Indian journal of veterinary science and animal husbandry - Volume 4,
Year: 1934
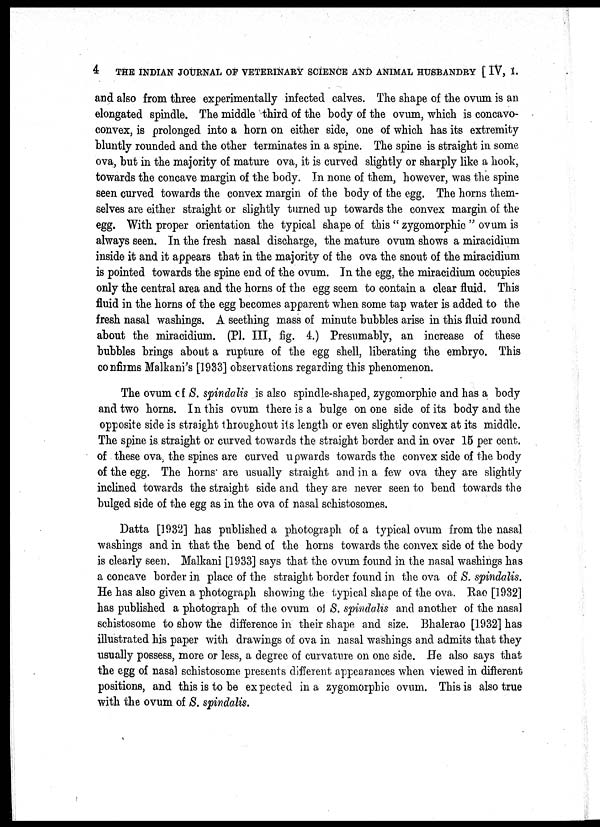
4
THE INDIAN JOURNAL OF VETERINARY SCIENCE AND ANIMAL HUSBANDRY [IV, I.
and also from three experimentally infected calves. The shape of the ovum is an
elongated spindle. The middle third of the body of the ovum, which is concavo-
convex, is prolonged into a horn on either side, one of which has its extremity
bluntly rounded and the other terminates in a spine. The spine is straight in some
ova, but in the majority of mature ova, it is curved slightly or sharply like a hook,
towards the concave margin of the body. In none of them, however, was the spine
seen curved towards the convex margin of the body of the egg. The horns them-
selves are either straight or slightly turned up towards the convex margin of the
egg. With proper orientation the typical shape of this " zygomorphic " ovum is
always seen. In the fresh nasal discharge, the mature ovum shows a miracidium
inside it and it appears that in the majority of the ova the snout of the miracidium
is pointed towards the spine end of the ovum. In the egg, the miracidium occupies
only the central area and the horns of the egg seem to contain a clear fluid. This
fluid in the horns of the egg becomes apparent when some tap water is added to the
fresh nasal washings. A seething mass of minute bubbles arise in this fluid round
about the miracidium. (Pl. III, fig. 4.) Presumably, an increase of these
bubbles brings about a rupture of the egg shell, liberating the embryo. This
confirms Malkani's [1933] observations regarding this phenomenon.
The ovum of S. spindalis is also spindle-shaped, zygomorphic and has a body
and two horns. In this ovum there is a bulge on one side of its body and the
opposite side is straight throughout its length or even slightly convex at its middle.
The spine is straight or curved towards the straight border and in over 15 per cent.
of these ova, the spines are curved upwards towards the convex side of the body
of the egg. The horns are usually straight and in a few ova they are slightly
inclined towards the straight side and they are never seen to bend towards the
bulged side of the egg as in the ova of nasal schistosomes.
Datta [1932] has published a photograph of a typical ovum from the nasal
washings and in that the bend of the horns towards the convex side of the body
is clearly seen. Malkani [1933] says that the ovum found in the nasal washings has
a concave border in place of the straight border found in the ova of S. spindalis.
He has also given a photograph showing the typical shape of the ova. Rao [1932]
has published a photograph of the ovum of S. spindalis and another of the nasal
schistosome to show the difference in their shape and size. Bhalerao [1932] has
illustrated his paper with drawings of ova in nasal washings and admits that they
usually possess, more or less, a degree of curvature on one side. He also says that
the egg of nasal schistosome presents different appearances when viewed in different
positions, and this is to be expected in a zygomorphic ovum. This is also true
with the ovum of S. spindalis.